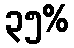
၃၅%